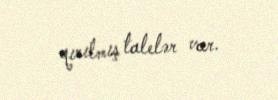
qırılmış talelər var.